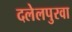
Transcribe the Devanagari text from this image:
दलेलपुरवा